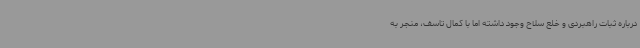
درباره ثبات راهبردی و خلع سلاح وجود داشته اما با کمال تاسف، منجر به